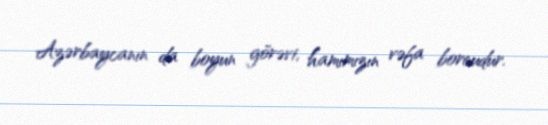
Azərbaycanın da boyun görəvi, hamımızın vəfa borcudur.